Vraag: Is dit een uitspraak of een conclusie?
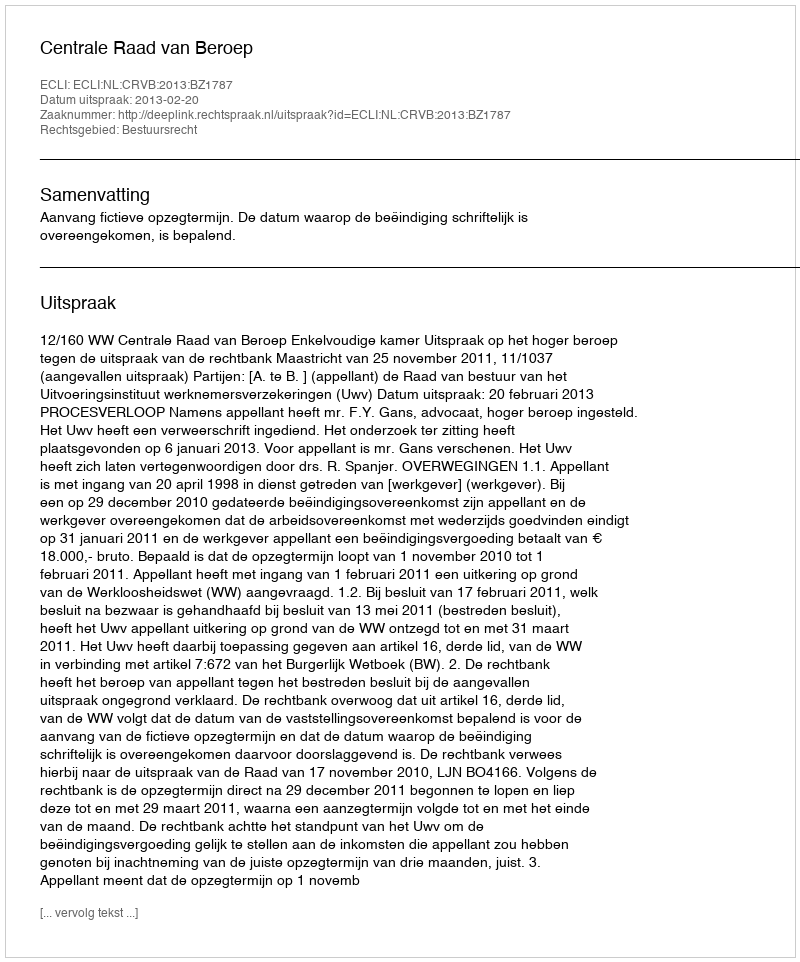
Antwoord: Uitspraak